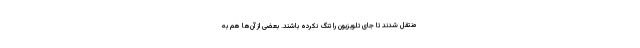
منتقل شدند تا جای تلویزیون را تنگ نکرده باشند. بعضی از آن‌ها هم به